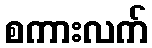
စကားလက်